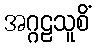
အဂ္ဂဠသူစိံ